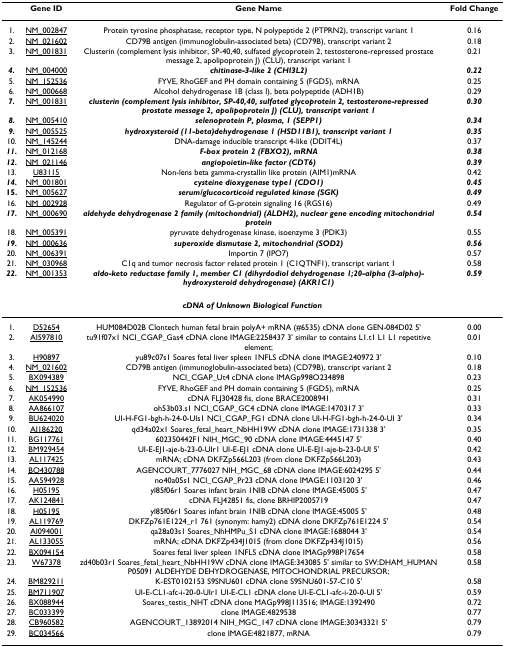
<table><thead><tr><td>[EMPTY_CELL]</td><td><b>Gene ID</b></td><td><b>Gene Name</b></td><td><b>Fold Change</b></td></tr></thead><tbody><tr><td>1.</td><td>NM_002847</td><td>Protein tyrosine phosphatase, receptor type, N polypeptide 2 (PTPRN2), transcript variant 1</td><td>0.16</td></tr><tr><td>2.</td><td>NM_021602</td><td>CD79B antigen (immunoglobulin-associated beta) (CD79B), transcript variant 2</td><td>0.18</td></tr><tr><td>3.</td><td>NM_001831</td><td>Clusterin (complement lysis inhibitor, SP-40,40, sulfated glycoprotein 2, testosterone-repressed prostate message 2, apolipoprotein J) (CLU), transcript variant 1</td><td>0.21</td></tr><tr><td><b><i>4.</i></b></td><td>NM_004000</td><td><b><i>chitinase-3-like 2 (CHI3L2)</i></b></td><td><b><i>0.22</i></b></td></tr><tr><td>5.</td><td>NM_152536</td><td>FYVE, RhoGEF and PH domain containing 5 (FGD5), mRNA</td><td>0.25</td></tr><tr><td>6.</td><td>NM_000668</td><td>Alcohol dehydrogenase 1B (class I), beta polypeptide (ADH1B)</td><td>0.29</td></tr><tr><td><b><i>7.</i></b></td><td>NM_001831</td><td><b><i>clusterin (complement lysis inhibitor, SP-40,40, sulfated glycoprotein 2, testosterone-repressed prostate message 2, apolipoprotein J) (CLU), transcript variant 1</i></b></td><td><b><i>0.30</i></b></td></tr><tr><td><b><i>8.</i></b></td><td>NM_005410</td><td><b><i>selenoprotein P, plasma, 1 (SEPP1)</i></b></td><td><b><i>0.34</i></b></td></tr><tr><td><b><i>9.</i></b></td><td>NM_005525</td><td><b><i>hydroxysteroid (11-beta)dehydrogenase 1 (HSD11B1), transcript variant 1</i></b></td><td><b><i>0.35</i></b></td></tr><tr><td>10.</td><td>NM_145244</td><td>DNA-damage inducible transcript 4-like (DDIT4L)</td><td>0.37</td></tr><tr><td><b><i>11.</i></b></td><td>NM_012168</td><td><b><i>F-box protein 2 (FBXO2), mRNA</i></b></td><td><b><i>0.38</i></b></td></tr><tr><td><b><i>12.</i></b></td><td>NM_021146</td><td><b><i>angiopoietin-like factor (CDT6)</i></b></td><td><b><i>0.39</i></b></td></tr><tr><td>13.</td><td>U83115</td><td>Non-lens beta gamma-crystallin like protein (AIM1)mRNA</td><td>0.42</td></tr><tr><td><b><i>14.</i></b></td><td>NM_001801</td><td><b><i>cysteine dioxygenase type1 (CDO1)</i></b></td><td><b><i>0.45</i></b></td></tr><tr><td><b>15.</b></td><td>NM_005627</td><td><b><i>serum/glucocorticoid regulated kinase (SGK)</i></b></td><td><b><i>0.49</i></b></td></tr><tr><td>16.</td><td>NM_002928</td><td>Regulator of G-protein signaling 16 (RGS16)</td><td>0.49</td></tr><tr><td><b><i>17.</i></b></td><td>NM_000690</td><td><b><i>aldehyde dehydrogenase 2 family (mitochondrial) (ALDH2), nuclear gene encoding mitochondrial protein</i></b></td><td><b><i>0.54</i></b></td></tr><tr><td>18.</td><td>NM_005391</td><td>pyruvate dehydrogenase kinase, isoenzyme 3 (PDK3)</td><td>0.55</td></tr><tr><td><b><i>19.</i></b></td><td>NM_000636</td><td><b><i>superoxide dismutase 2, mitochondrial (SOD2)</i></b></td><td><b><i>0.56</i></b></td></tr><tr><td>20.</td><td>NM_006391</td><td>Importin 7 (IPO7)</td><td>0.57</td></tr><tr><td>21.</td><td>NM_030968</td><td>C1q and tumor necrosis factor related protein 1 (C1QTNF1), transcript variant 1</td><td>0.58</td></tr><tr><td><b><i>22.</i></b></td><td>NM_001353</td><td><b><i>aldo-keto reductase family 1, member C1 (dihyrdodiol dehydrogenase 1;20-alpha (3-alpha)-hydroxysteroid dehydrogenase) (AKR1C1)</i></b></td><td><b><i>0.59</i></b></td></tr><tr><td colspan="4"><b><i>cDNA of Unknown Biological Function</i></b></td></tr><tr><td>1.</td><td>D52654</td><td>HUM084D02B Clontech human fetal brain polyA+ mRNA (#6535) cDNA clone GEN-084D02 5'</td><td>0.00</td></tr><tr><td>2.</td><td>AI597810</td><td>tu91f07x1 NCI_CGAP_Gas4 cDNA clone IMAGE:2258437 3' similar to contains L1.t1 L1 L1 repetitive element;</td><td>0.01</td></tr><tr><td>3.</td><td>H90897</td><td>yu89c07s1 Soares fetal liver spleen 1NFLS cDNA clone IMAGE:240972 3'</td><td>0.10</td></tr><tr><td>4.</td><td>NM_021602</td><td>CD79B antigen (immunoglobulin-associated beta) (CD79B), transcript variant 2</td><td>0.18</td></tr><tr><td>5.</td><td>BX094389</td><td>NCI_CGAP_Ut4 cDNA clone IMAGp998O234898</td><td>0.23</td></tr><tr><td>6.</td><td>NM_152536</td><td>FYVE, RhoGEF and PH domain containing 5 (FGD5), mRNA</td><td>0.25</td></tr><tr><td>7.</td><td>AK054990</td><td>cDNA FLJ30428 fis, clone BRACE2008941</td><td>0.31</td></tr><tr><td>8.</td><td>AA866107</td><td>oh53b03.s1 NCI_CGAP_GC4 cDNA clone IMAGE:1470317 3'</td><td>0.33</td></tr><tr><td>9.</td><td>BU624020</td><td>UI-H-FG1-bgh-h-24-0-UIs1 NCI_CGAP_FG1 cDNA clone UI-H-FG1-bgh-h-24-0-UI 3'</td><td>0.34</td></tr><tr><td>10.</td><td>AI186220</td><td>qd34a02x1 Soares_fetal_heart_NbHH19W cDNA clone IMAGE:1731338 3'</td><td>0.35</td></tr><tr><td>11.</td><td>BG117761</td><td>602350442F1 NIH_MGC_90 cDNA clone IMAGE:4445147 5'</td><td>0.40</td></tr><tr><td>12.</td><td>BM929454</td><td>UI-E-EJ1-aje-b-23-0-UIr1 UI-E-EJ1 cDNA clone UI-E-EJ1-aje-b-23-0-UI 5'</td><td>0.42</td></tr><tr><td>13.</td><td>AL117425</td><td>mRNA; cDNA DKFZp566L203 (from clone DKFZp566L203)</td><td>0.43</td></tr><tr><td>14.</td><td>BQ430788</td><td>AGENCOURT_7776027 NIH_MGC_68 cDNA clone IMAGE:6024295 5'</td><td>0.44</td></tr><tr><td>15.</td><td>AA594928</td><td>no40a05s1 NCI_CGAP_Pr23 cDNA clone IMAGE:1103120 3'</td><td>0.46</td></tr><tr><td>16.</td><td>H05195</td><td>yl85f06r1 Soares infant brain 1NIB cDNA clone IMAGE:45005 5'</td><td>0.47</td></tr><tr><td>17.</td><td>AK124841</td><td>cDNA FLJ42851 fis, clone BRHIP2005719</td><td>0.47</td></tr><tr><td>18.</td><td>H05195</td><td>yl85f06r1 Soares infant brain 1NIB cDNA clone IMAGE:45005 5'</td><td>0.48</td></tr><tr><td>19.</td><td>AL119769</td><td>DKFZp761E1224_r1 761 (synonym: hamy2) cDNA clone DKFZp761E1224 5'</td><td>0.54</td></tr><tr><td>20.</td><td>AI094001</td><td>qa28a03s1 Soares_NhHMPu_S1 cDNA clone IMAGE:1688044 3'</td><td>0.54</td></tr><tr><td>21.</td><td>AL133055</td><td>mRNA; cDNA DKFZp434J1015 (from clone DKFZp434J1015)</td><td>0.56</td></tr><tr><td>22.</td><td>BX094154</td><td>Soares fetal liver spleen 1NFLS cDNA clone IMAGp998P17654</td><td>0.58</td></tr><tr><td>23.</td><td>W67378</td><td>zd40b03r1 Soares_fetal_heart_NbHH19W cDNA clone IMAGE:343085 5' similar to SW:DHAM_HUMAN P05091 ALDEHYDE DEHYDROGENASE, MITOCHONDRIAL PRECURSOR;</td><td>0.58</td></tr><tr><td>24.</td><td>BM829211</td><td>K-EST0102153 S9SNU601 cDNA clone S9SNU601-57-C10 5'</td><td>0.58</td></tr><tr><td>25.</td><td>BM711907</td><td>UI-E-CL1-afc-i-20-0-UIr1 UI-E-CL1 cDNA clone UI-E-CL1-afc-i-20-0-UI 5'</td><td>0.59</td></tr><tr><td>26.</td><td>BX088944</td><td>Soares_testis_NHT cDNA clone MAGp998J113516; IMAGE:1392490</td><td>0.72</td></tr><tr><td>27.</td><td>BC033399</td><td>clone IMAGE:4829538</td><td>0.77</td></tr><tr><td>28.</td><td>CB960582</td><td>AGENCOURT_13892014 NIH_MGC_147 cDNA clone IMAGE:30343321 5'</td><td>0.79</td></tr><tr><td>29.</td><td>BC034566</td><td>clone IMAGE:4821877, mRNA</td><td>0.79</td></tr></tbody></table>